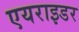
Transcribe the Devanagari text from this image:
एयराइडर